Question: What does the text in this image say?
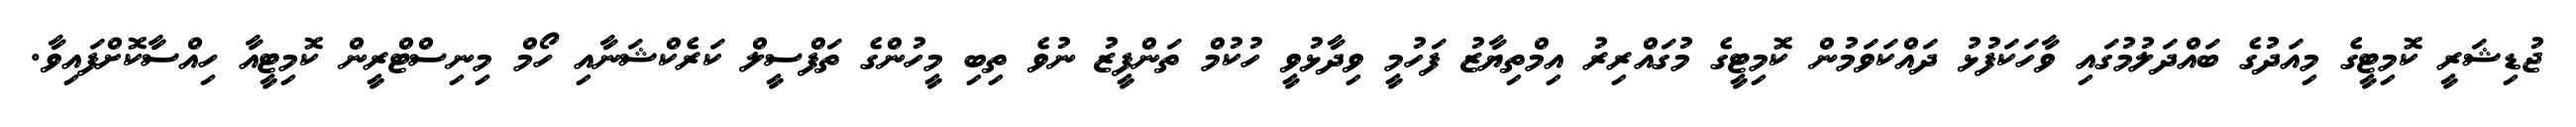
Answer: ޖުޑިޝަރީ ކޮމިޓީގެ މިއަދުގެ ބައްދަލުމުގައި ވާހަކަފުޅު ދައްކަވަމުން ކޮމިޓީގެ މުގައްރިރު އިމްތިޔާޒު ފަހުމީ ވިދާޅުވީ ހުކުމް ތަންފީޒު ނުވެ ތިބި މީހުންގެ ތަފްސީލް ކަރެކްޝަނާއި ހޯމް މިނިސްޓްރީން ކޮމިޓީއާ ހިއްސާކޮށްފައިވާ.